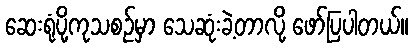
ဆေးရုံပို့ကုသစဥ်မှာ သေဆုံးခဲ့တာလို့ ဖော်ပြပါတယ်။